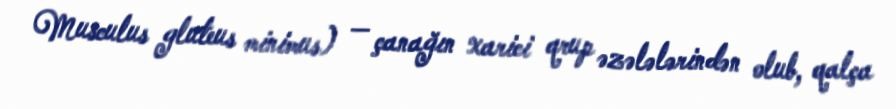
Musculus gluteus minimus) — çanağın xarici qrup əzələlərindən olub, qalça